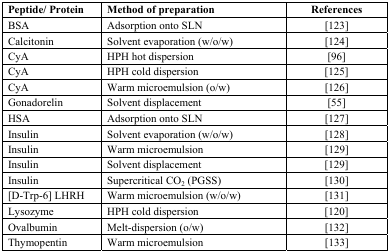
<table><thead><tr><td><b>Peptide/ Protein</b></td><td><b>Method of preparation</b></td><td><b>References</b></td></tr></thead><tbody><tr><td>BSA</td><td>Adsorption onto SLN</td><td>[123]</td></tr><tr><td>Calcitonin</td><td>Solvent evaporation (w/o/w)</td><td>[124]</td></tr><tr><td>CyA</td><td>HPH hot dispersion</td><td>[96]</td></tr><tr><td>CyA</td><td>HPH cold dispersion</td><td>[125]</td></tr><tr><td>CyA</td><td>Warm microemulsion (o/w)</td><td>[126]</td></tr><tr><td>Gonadorelin</td><td>Solvent displacement</td><td>[55]</td></tr><tr><td>HSA</td><td>Adsorption onto SLN</td><td>[127]</td></tr><tr><td>Insulin</td><td>Solvent evaporation (w/o/w)</td><td>[128]</td></tr><tr><td>Insulin</td><td>Warm microemulsion</td><td>[129]</td></tr><tr><td>Insulin</td><td>Solvent displacement</td><td>[129]</td></tr><tr><td>Insulin</td><td>Supercritical CO<sub>2</sub> (PGSS)</td><td>[130]</td></tr><tr><td>[D-Trp-6] LHRH</td><td>Warm microemulsion (w/o/w)</td><td>[131]</td></tr><tr><td>Lysozyme</td><td>HPH cold dispersion</td><td>[120]</td></tr><tr><td>Ovalbumin</td><td>Melt-dispersion (o/w)</td><td>[132]</td></tr><tr><td>Thymopentin</td><td>Warm microemulsion</td><td>[133]</td></tr></tbody></table>